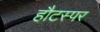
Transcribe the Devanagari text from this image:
हौटस्पर